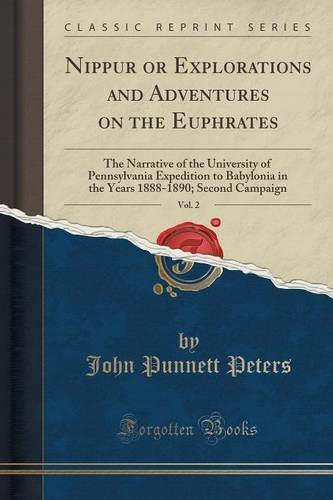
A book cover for Nippur or Explorations and Adventures on the Euphrates, Vol. 2: The Narrative of the University of Pennsylvania Expedition to Babylonia in the Years 1888-1890; Second Campaign (Classic Reprint); John Punnett Peters; History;